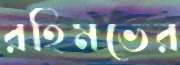
রহিমভের